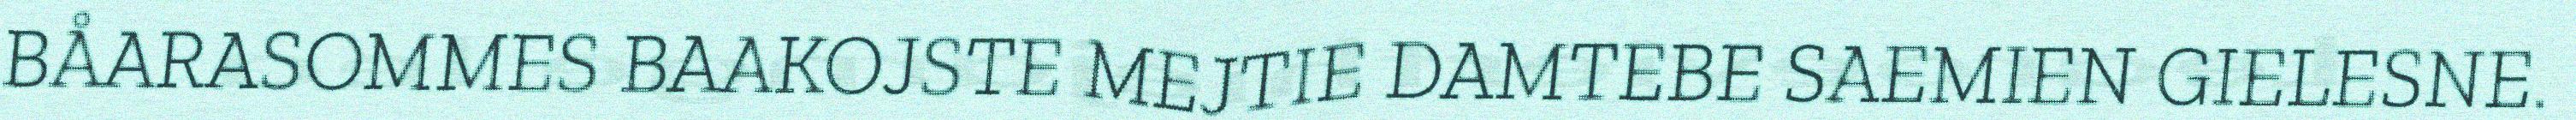
BÅARASOMMES BAAKOJSTE MEJTIE DAMTEBE SAEMIEN GIELESNE.